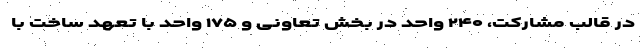
در قالب مشارکت، ۲۴۰ واحد در بخش تعاونی و ۱۷۵ واحد با تعهد ساخت با